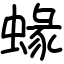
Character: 蝝